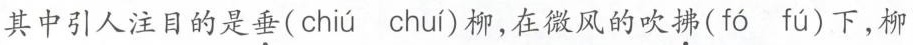
其中引人注目的是垂(chiú chuí)柳，在微风的吹拂(fó fú)下，柳